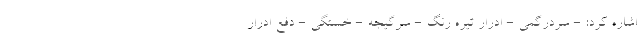
اشاره کرد: - سردرگمی - ادرار تیره رنگ - سرگیجه - خستگی - دفع ادرار